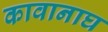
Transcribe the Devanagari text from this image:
कावानाघ